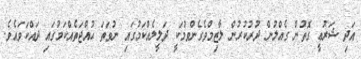
އަދި ޝަރުޢީ ގޮތުން ގެއްލުން ދުރުކުރުން ލާޒިމްވެގެންވުމަކީ ދަލީލެއްކަމުގައި ނުވަތަ ޙުއްޖަތެއްކަމުގައި ދައްކަވައެވެ.